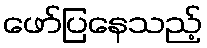
ဖော်ပြနေသည့်